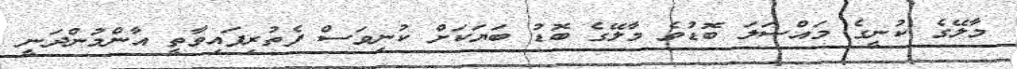
މާލޭގެ ކުނީގެ މައްސަލަ ބޮޑުވެ މާލޭގެ ބޮޑު ބަޔަކަށް ކުނިވަސް ފެތުރިފައިވާތީ އާންމުންދަނީ